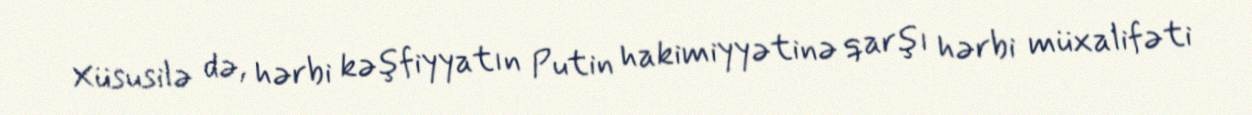
Xüsusilə də, hərbi kəşfiyyatın Putin hakimiyyətinə qarşı hərbi müxalifəti